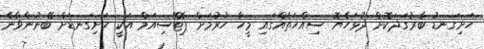
ހަށިގަނޑު ބާރުގަދަކޮށް ދުޅަހެޔޮ ސިއްހަތެއްގައި މީހާ ހުރުމަށް ޕޮޓޭސިއަމް އަކީ ހަށިގަނޑަށް ބޭނުންވާނެ